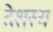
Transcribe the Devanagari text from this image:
देशस्य